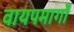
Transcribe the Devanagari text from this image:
वायपमार्गों